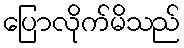
ပြောလိုက်မိသည်